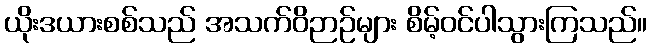
ယိုးဒယားစစ်သည် အသက်ဝိဉာဉ်များ စိမ့်ဝင်ပါသွားကြသည်။